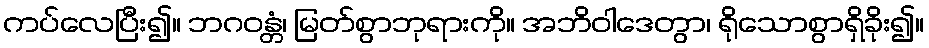
ကပ်လေပြီး၍။ ဘဂဝန္တံ၊ မြတ်စွာဘုရားကို။ အဘိဝါဒေတွာ၊ ရိုသောစွာရှိခိုး၍။